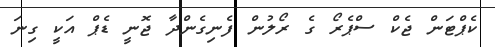
ކެޕްޓަން ޖެކް ސްޕެރޯ ގެ ރޯލުން ފެނިގެންދާ ޖޮނީ ޑެޕް އަކީ ގިނަ